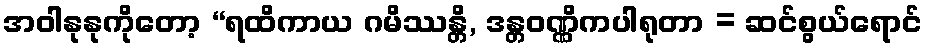
အဝါနုနုကိုတော့ “ရထိကာယ ဂမိဿန္တိ, ဒန္တဝဏ္ဏိကပါရုတာ = ဆင်စွယ်ရောင်